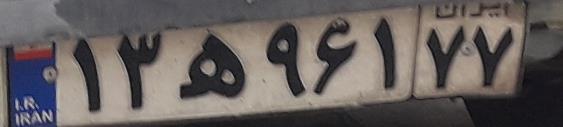
۱۳ه۹۶۱۷۷